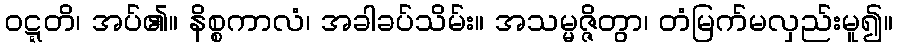
ဝဋ္ဋတိ၊ အပ်၏။ နိစ္စကာလံ၊ အခါခပ်သိမ်း။ အသမ္မဇ္ဇိတွာ၊ တံမြက်မလှည်းမူ၍။